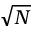
\sqrt { N }